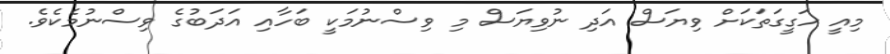
މިއީ ހަގީގަތަކަށް ވިޔަސް އަދި ނުވިޔަސް މި ވިސްނުމަކީ ބަހާއި އަދަބުގެ ވިސްނުމެކެވެ.